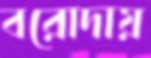
বরোদায়